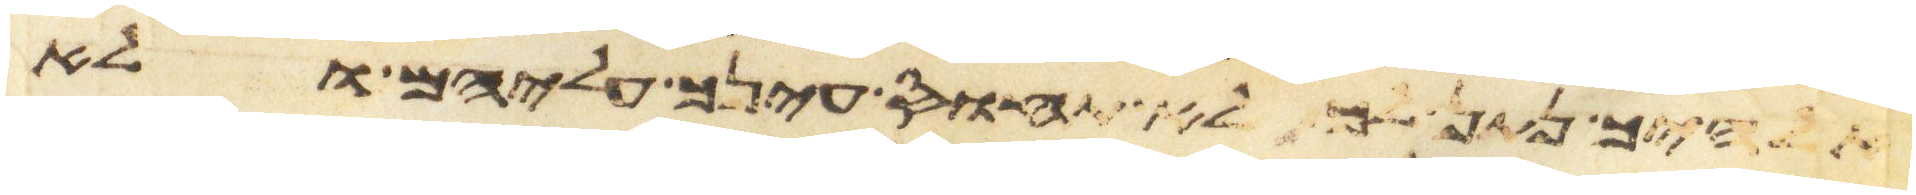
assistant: אלהיך נתן לך לא תחוס עינך עליהם ולא